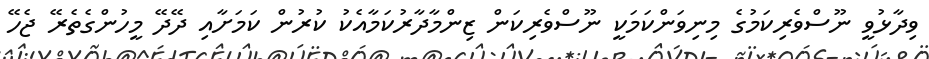
ވިދާޅުވީ ނޫސްވެރިކަމުގެ މިނިވަންކަމަކީ ނޫސްވެރިކަން ޒިންމާދާރުކަމާއެކު ކުރުން ކަމަށާއި ދޭދޭ މީހުންގެތެރޭ ޖެހޭ